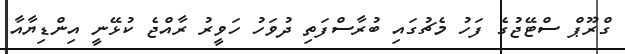
ގްރޫޕް ސްޓޭޖުގެ ފަހު މެޗުގައި ބުރާސްފަތި ދުވަހު ހަވީރު ރާއްޖެ ކުޅޭނީ އިންޑިޔާއާ